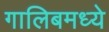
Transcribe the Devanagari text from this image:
गालिबमध्ये